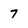
Character: 7